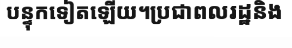
បន្ទុកទៀតឡើយ។ប្រជាពលរដ្ឋនិង